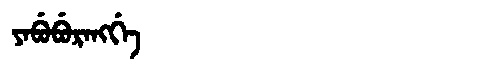
Manchu: ᠶᠠᠪᡠᠪᡠᡵᠠᠩᡤᡝ
Romanization: YABUBURANGGE